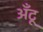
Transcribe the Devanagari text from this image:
अँटू